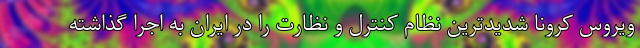
ویروس کرونا شدیدترین نظام کنترل و نظارت را در ایران به اجرا گذاشته